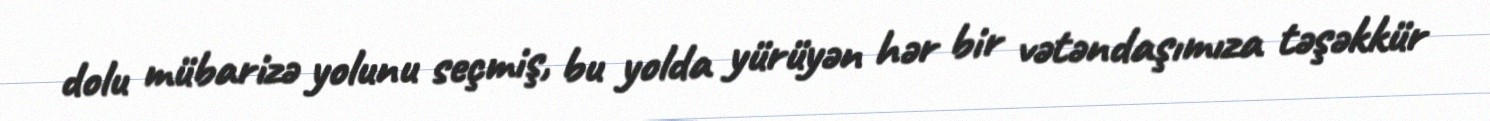
dolu mübarizə yolunu seçmiş, bu yolda yürüyən hər bir vətəndaşımıza təşəkkür